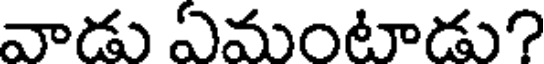
వాడు ఏమంటాడు?